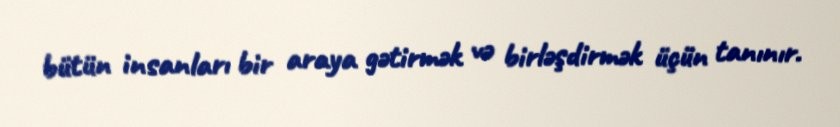
bütün insanları bir araya gətirmək və birləşdirmək üçün tanınır.